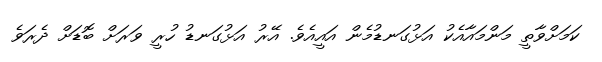
ކަމަށްވާތީ މަންމައާއެކު އަޅުގަނޑުމެން އައީއެވެ. އޭރު އަޅުގަނޑު ހުރީ ވަރަށް ބޮޑަށް ދެރަވެ